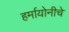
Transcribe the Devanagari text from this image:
हर्मायोनीचे